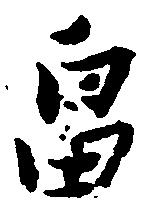
畠